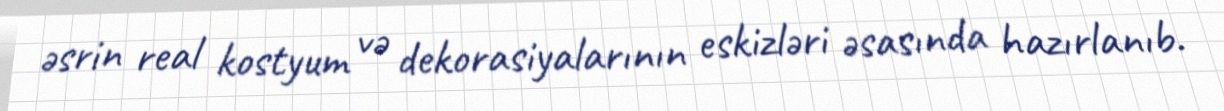
əsrin real kostyum və dekorasiyalarının eskizləri əsasında hazırlanıb.